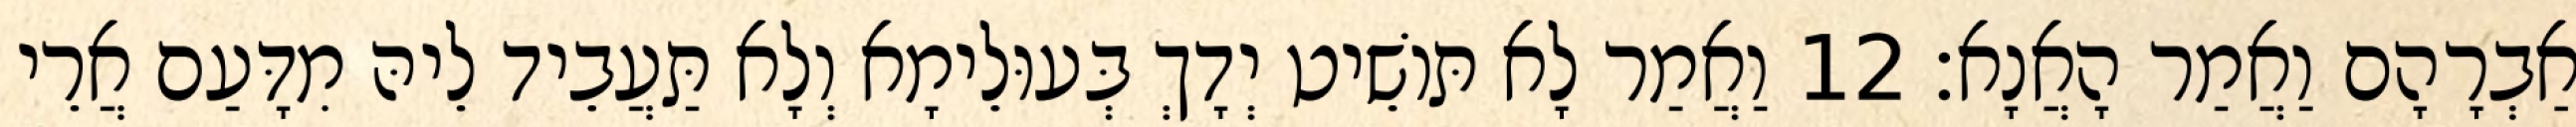
אַבְרָהָם וַאֲמַר הָאֲנָא׃ 12 וַאֲמַר לָא תּוֹשֵׁיט יְדָךְ בְּעוּלֵימָא וְלָא תַּעֲבֵיד לֵיהּ מִדָּעַם אֲרֵי